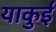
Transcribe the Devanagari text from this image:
याकुई